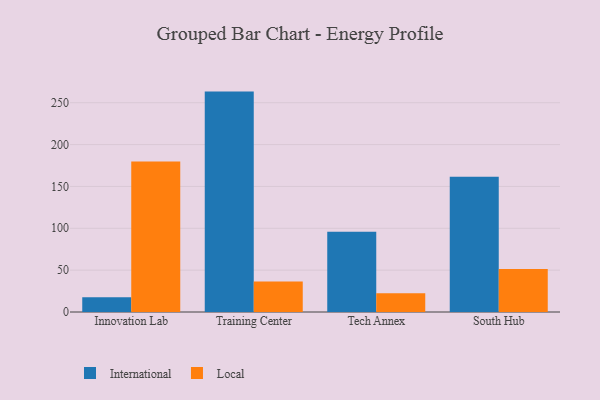
{"axis": {"x": "Campus", "y": "Operating Costs (USD K)"}, "legend": ["International", "Local"], "data": [{"x": "Innovation Lab", "y": 17.7, "type": "International"}, {"x": "Innovation Lab", "y": 179.8, "type": "Local"}, {"x": "Training Center", "y": 263.3, "type": "International"}, {"x": "Training Center", "y": 36.4, "type": "Local"}, {"x": "Tech Annex", "y": 95.9, "type": "International"}, {"x": "Tech Annex", "y": 22.4, "type": "Local"}, {"x": "South Hub", "y": 161.7, "type": "International"}, {"x": "South Hub", "y": 51.4, "type": "Local"}]}